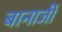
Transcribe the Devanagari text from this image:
बानार्जी